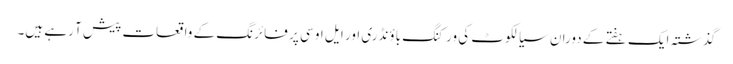
گذشتہ ایک ہفتے کے دوران سیالکوٹ کی ورکنگ باؤنڈری اور ایل او سی پر فائرنگ کے واقعات پیش آ رہے ہیں۔